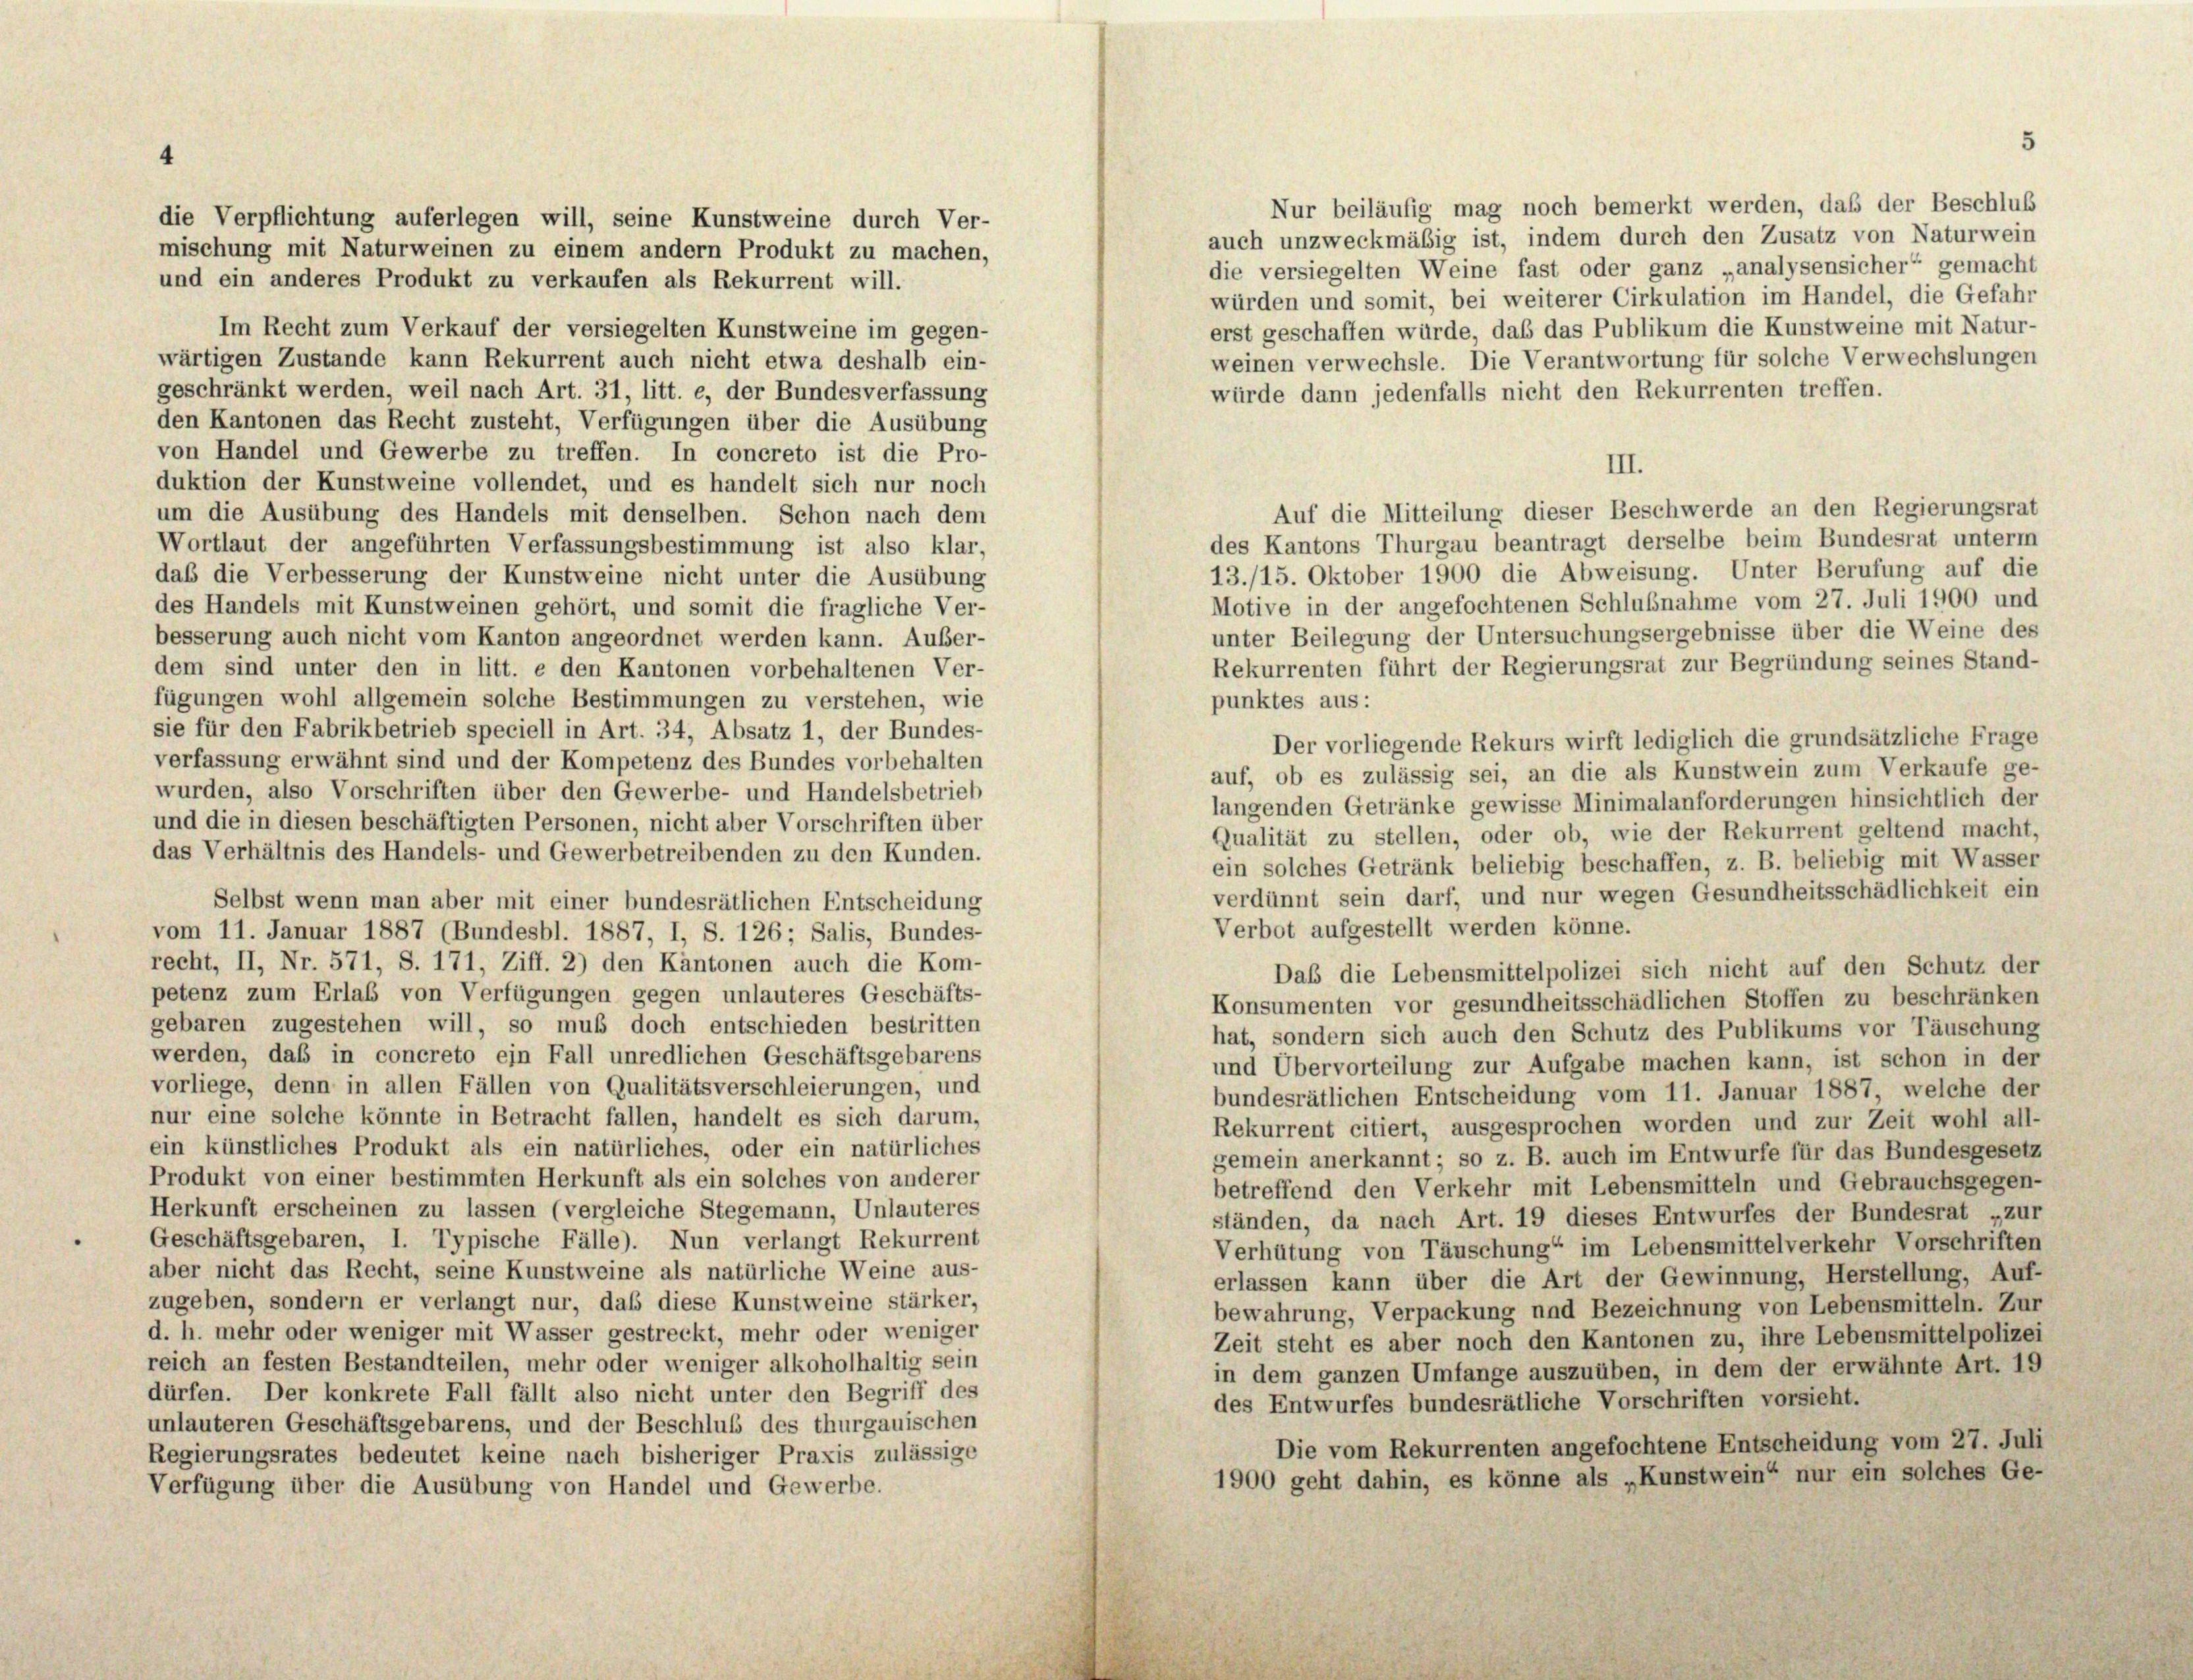
die Verpflichtung auferlegen will, seine Kunstweine durch Ver-
mischung mit Naturweinen zu einem andern Produkt zu machen,

Nur beiläufig mag noch bemerkt werden, daß der Beschluß
auch unzweckmäßig ist, indem durch den Zusatz von Naturwein
die versiegelten Weine fast oder ganz „analysensicher“ gemacht
und ein anderes Produkt zu verkaufen als Rekurrent will.
würden und somit, bei weiterer Cirkulation im Handel, die Gefahr
Im Recht zum Verkauf der versiegelten Kunstweine im gegen-
erst geschaffen würde, daß das Publikum die Kunstweine mit Natur-
wärtigen Zustande kann Rekurrent auch nicht etwa deshalb ein-
weinen verwechsle. Die Verantwortung für solche Verwechslungen
geschränkt werden, weil nach Art. 31, litt. e, der Bundesverfassung
würde dann jedenfalls nicht den Rekurrenten treffen.
den Kantonen das Recht zusteht, Verfügungen über die Ausübung
von Handel und Gewerbe zu treffen. In concreto ist die Pro-
III.
duktion der Kunstweine vollendet, und es handelt sich nur noch
Auf die Mitteilung dieser Beschwerde an den Regierungsrat
um die Ausübung des Handels mit denselben. Schon nach dem
des Kantons Thurgau beantragt derselbe beim Bundesrat unterm
Wortlaut der angeführten Verfassungsbestimmung ist also klar,
13./15. Oktober 1900 die Abweisung. Unter Berufung auf die
das die Verbesserung der Kunstweine nicht unter die Ausübung
Motive in der angefochtenen Schlußnahme vom 27. Juli 1900 und
des Handels mit Kunstweinen gehört, und somit die fragliche Ver-
unter Beilegung der Untersuchungsergebnisse über die Weine des
besserung auch nicht vom Kanton angeordnet werden kann. Außer-
Rekurrenten führt der Regierungsrat zur Begründung seines Stand-
dem sind unter den in litt. e den Kantonen vorbehaltenen Ver-
fügungen wohl allgemein solche Bestimmungen zu verstehen, wie
punktes aus:
sie für den Fabrikbetrieb speciell in Art. 34, Absatz 1, der Bundes-
Der vorliegende Rekurs wirft lediglich die grundsätzliche Frage
verfassung erwähnt sind und der Kompetenz des Bundes vorbehalten
auf, ob es zulässig sei, an die als Kunstwein zum Verkaufe ge-
wurden, also Vorschriften über den Gewerbe- und Handelsbetrieb
langenden Getränke gewisse Minimalanforderungen hinsichtlich der
und die in diesen beschäftigten Personen, nicht aber Vorschriften über
Qualität zu stellen, oder ob, wie der Rekurrent geltend macht,
das Verhältnis des Handels- und Gewerbetreibenden zu den Kunden.
ein solches Getränk beliebig beschaffen, z. B. beliebig mit Wasser
verdünnt sein darf, und nur wegen Gesundheitsschädlichkeit ein
Selbst wenn man aber mit einer bundesrätlichen Entscheidung
Verbot aufgestellt werden könne.
vom 11. Januar 1887 (Bundesbl. 1887, I, S. 126; Salis, Bundes-
recht, II, Nr. 571, S. 171, Ziff. 2) den Kantonen auch die Kom-
Daß die Lebensmittelpolizei sich nicht auf den Schutz der
petenz zum Erlaß von Verfügungen gegen unlauteres Geschäfts-
Konsumenten vor gesundheitsschädlichen Stoffen zu beschränken
gebaren zugestehen will, so muß doch entschieden bestritten
hat, sondern sich auch den Schutz des Publikums vor Täuschung
werden, daß in concreto ein Fall unredlichen Geschäftsgebarens
und Übervorteilung zur Aufgabe machen kann, ist schon in der
vorliege, denn in allen Fällen von Qualitätsverschleierungen, und
bundesrätlichen Entscheidung vom 11. Januar 1887, welche der
nur eine solche könnte in Betracht fallen, handelt es sich darum,
Rekurrent citiert, ausgesprochen worden und zur Zeit wohl all-
ein künstliches Produkt als ein natürliches, oder ein natürliches
gemein anerkannt; so z. B. auch im Entwurfe für das Bundesgesetz
Produkt von einer bestimmten Herkunft als ein solches von anderer
betreffend den Verkehr mit Lebensmitteln und Gebrauchsgegen-
Herkunft erscheinen zu lassen (vergleiche Stegemann, Unlauteres
ständen, da nach Art. 19 dieses Entwurfes der Bundesrat „zur
Geschäftsgebaren, I. Typische Fälle). Nun verlangt Rekurrent
Verhütung von Täuschung“ im Lebensmittelverkehr Vorschriften
aber nicht das Recht, seine Kunstweine als natürliche Weine aus-
erlassen kann über die Art der Gewinnung, Herstellung, Auf-
zugeben, sondern er verlangt nur, daß diese Kunstweine stärker,
bewahrung, Verpackung und Bezeichnung von Lebensmitteln. Zur
d. h. mehr oder weniger mit Wasser gestreckt, mehr oder weniger
Zeit steht es aber noch den Kantonen zu, ihre Lebensmittelpolizei
reich an festen Bestandteilen, mehr oder weniger alkoholhaltig sein
in dem ganzen Umfange auszuüben, in dem der erwähnte Art. 19
dürfen. Der konkrete Fall fällt also nicht unter den Begriff des
des Entwurfes bundesrätliche Vorschriften vorsieht.
unlauteren Geschäftsgebarens, und der Beschluß des thurgauischen
Die vom Rekurrenten angefochtene Entscheidung vom 27. Juli
Regierungsrates bedeutet keine nach bisheriger Praxis zulässige
1900 geht dahin, es könne als „Kunstwein“ nur ein solches Ge-
Verfügung über die Ausübung von Handel und Gewerbe.